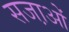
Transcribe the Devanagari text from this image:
सजा़ओं